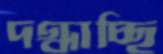
দগ্ধাচ্ছি